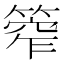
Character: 𥰾